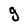
Character: g